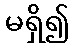
မရှိ၍